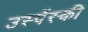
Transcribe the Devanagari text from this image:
उस्पेंस्की